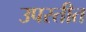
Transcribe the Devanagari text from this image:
उपस्तीत